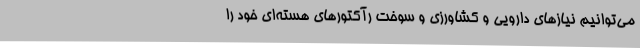
می‌توانیم نیازهای دارویی و کشاورزی و سوخت رآکتورهای هسته‌ای خود را